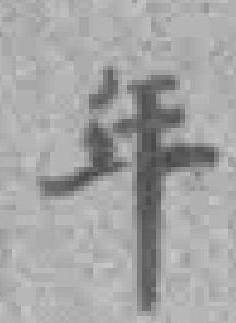
年